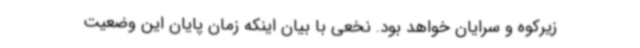
زیرکوه و سرایان خواهد بود. نخعی با بیان اینکه زمان پایان این وضعیت